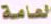
العامة